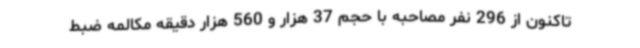
تاکنون از 296 نفر مصاحبه با حجم 37 هزار و 560 هزار دقیقه مکالمه ضبط